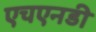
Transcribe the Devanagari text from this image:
एचएनडी